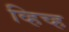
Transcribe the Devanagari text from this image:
व्हिच्ह